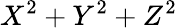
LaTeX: X^{2}+Y^{2}+Z^{2}